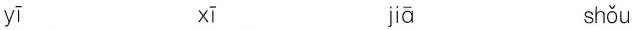
yī xī jiā shǒu